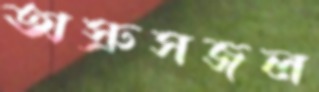
অস্রুসজল